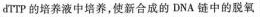
drrP的培养液中培养，使新合成的DNA链中的脱氧